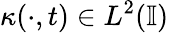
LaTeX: \kappa(\cdot,t)\in L^{2}(\mathbb{I})